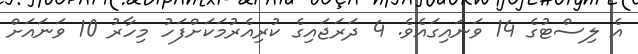
އެ ލިސްޓުގެ 14 ވަނައިގައެވެ. 4 ދަރަޖައިގެ ކުރިއެރުމަކަށްފަހު މިހާރު 10 ވަނައަށް